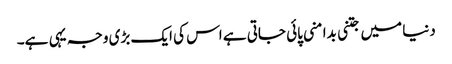
دنیا میں جتنی بدامنی پائی جاتی ہے اس کی ایک بڑی وجہ یہی ہے۔